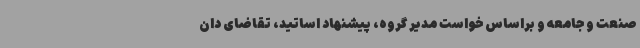
صنعت و جامعه و براساس خواست مدیر گروه، پیشنهاد اساتید، تقاضای دان